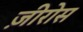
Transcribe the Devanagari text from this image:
ज़ीरोस